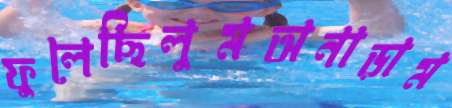
ফুলেছিলুমঅনাড়াম